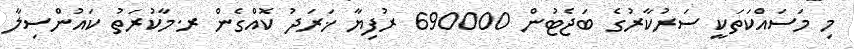
މި މަސައްކަތަކީ ސަރުކާރުގެ ބަޖެޓުން 690000 ރުފިޔާ ޚަރަދު ކޮއްގެން ރ.މާކުރަތު ކައުންސިލާ